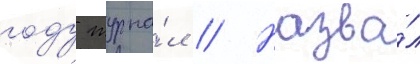
году журна́л // Назва́л